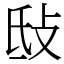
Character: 㪆